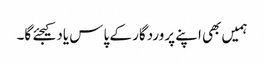
ہمیں بھی اپنے پروردگار کے پاس یاد کیجئے گا۔